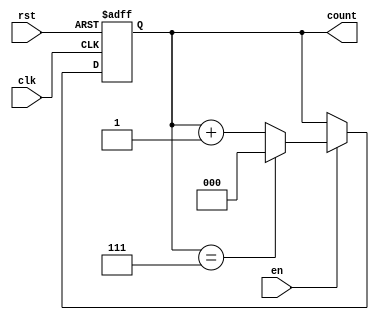
module modulus_counter #(
    parameter N = 8 // Default modulus value
)(
    input wire clk,      // Clock signal
    input wire rst,      // Asynchronous reset signal
    input wire en,       // Enable signal
    output reg [$clog2(N)-1:0] count // Current count value
);

    // Always block triggered on the clock's rising edge
    always @(posedge clk or posedge rst) begin
        if (rst) begin
            count <= 0; // Reset the count to 0
        end else if (en) begin
            if (count == N-1) begin
                count <= 0; // Reset to 0 if the counter reaches N-1
            end else begin
                count <= count + 1; // Increment count
            end
        end
    end

endmodule